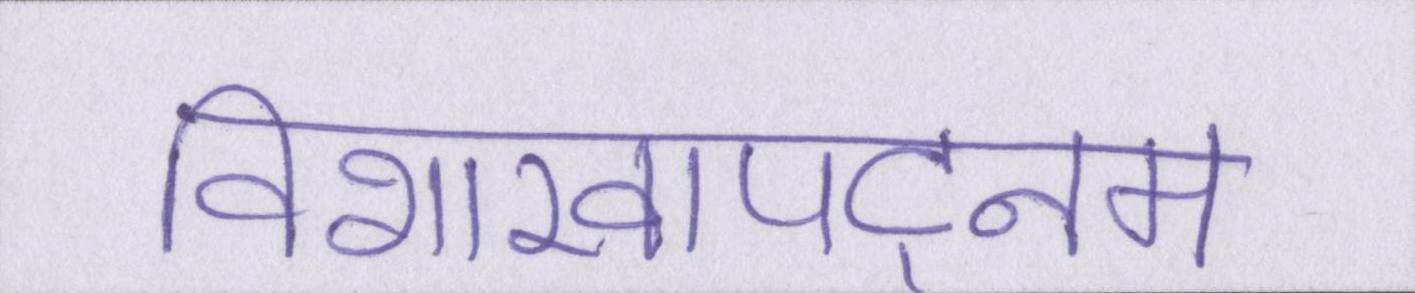
विशाखापट्नम